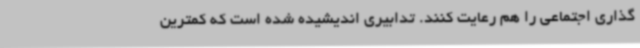
گذاری اجتماعی را هم رعایت کنند. تدابیری اندیشیده شده است که کمترین